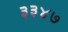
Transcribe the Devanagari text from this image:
३३४७